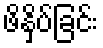
ဖိနှိပ်ခြင်း